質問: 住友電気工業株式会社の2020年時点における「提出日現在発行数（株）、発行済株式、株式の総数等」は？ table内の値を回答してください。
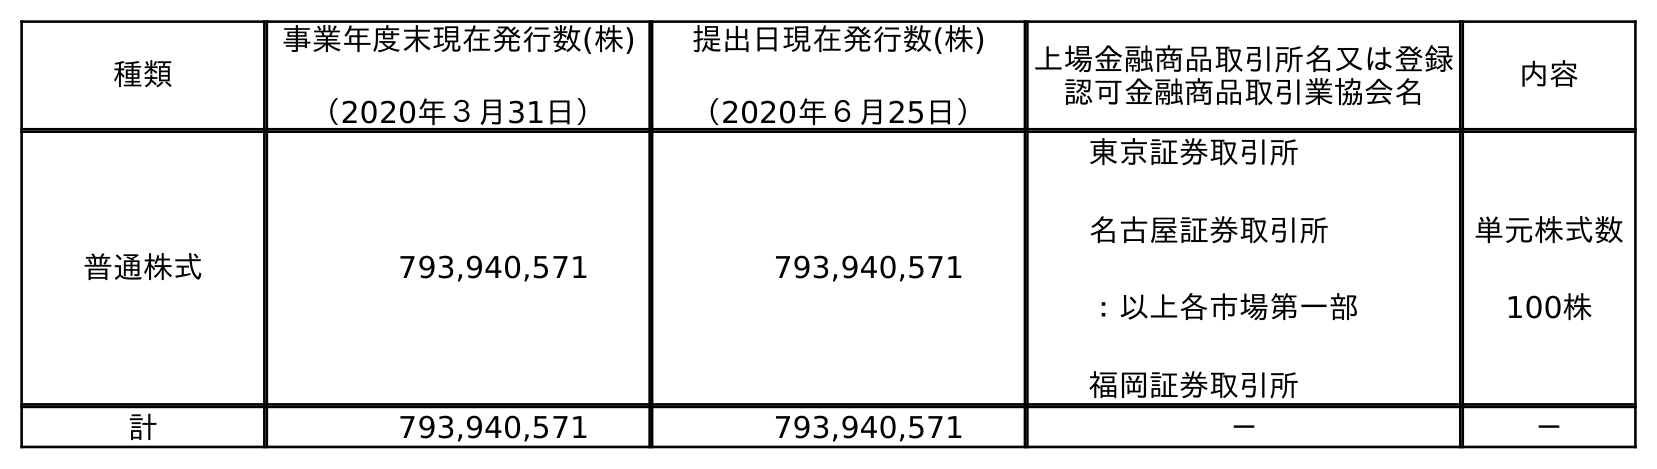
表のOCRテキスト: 種類 事業年度末現在発行数(株) （2020年３月31日） 提出日現在発行数(株) （2020年６月25日） 上場金融商品取引所名又は登録 認可金融商品取引業協会名 内容 普通株式 793,940,571 793,940,571 東京証券取引所 名古屋証券取引所 ：以上各市場第一部 福岡証券取引所 単元株式数 100株 計 793,940,571 793,940,571 － －
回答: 793,940,571